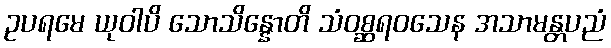
ဥပရမေ ယုဝါပိ သောသိန္နောတိ သံဝစ္ဆရဝသေန အသာမန္တပညံ